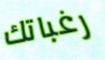
رغباتك